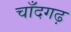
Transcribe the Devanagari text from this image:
चाँदगढ़